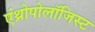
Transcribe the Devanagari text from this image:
एंथ्रोपोलॉजिस्ट